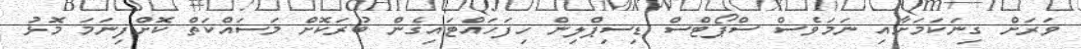
ވަރަށް ގިނަކަމަށާއި ނަމަވެސް ސްޕޯޓްސް ޑިސިޕްލިން ހިފަހައްޓައިގެން ބުރަކޮށް މަސައްކަތް ކޮށްފިނަމަ މޮޅު